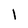
Character: I